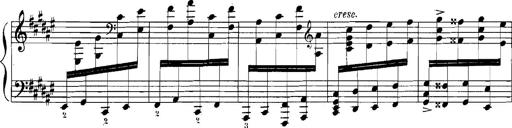
Title: Rhapsodies hongroises
Composer: Franz Liszt